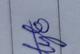
Signature authenticity: genuine